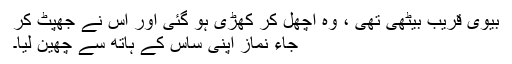
بیوی قریب بیٹھی تھی ، وہ اچھل کر کھڑی ہو گئی اور اس نے جھپٹ کر
جاء نماز اپنی ساس کے ہاتھ سے چھین لیا۔